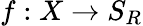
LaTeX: f:X\rightarrow S_{R}